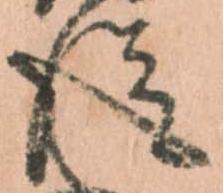
従